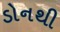
ડોનથી